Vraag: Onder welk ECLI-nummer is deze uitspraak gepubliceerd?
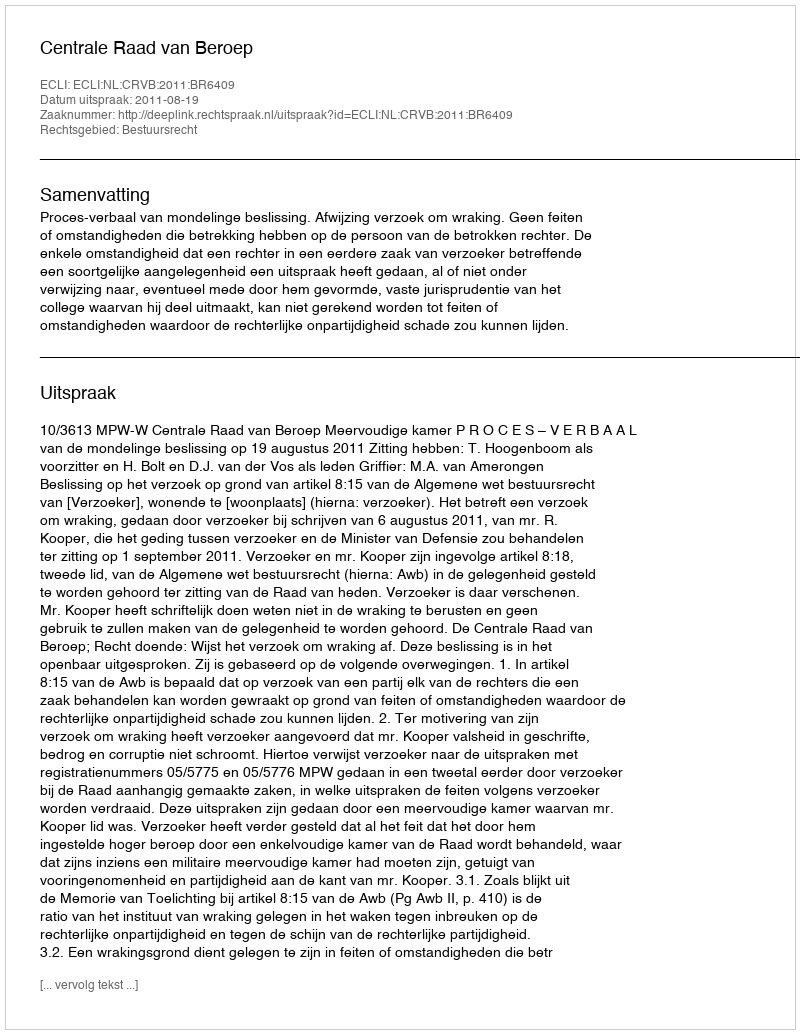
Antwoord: ECLI:NL:CRVB:2011:BR6409